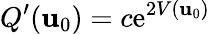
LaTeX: Q^{\prime}(\mathbf{u}_{0})=c\mathrm{e}^{2V(\mathbf{u}_{0})}